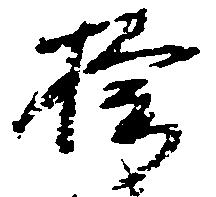
楡